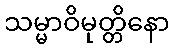
သမ္မာဝိမုတ္တိနော